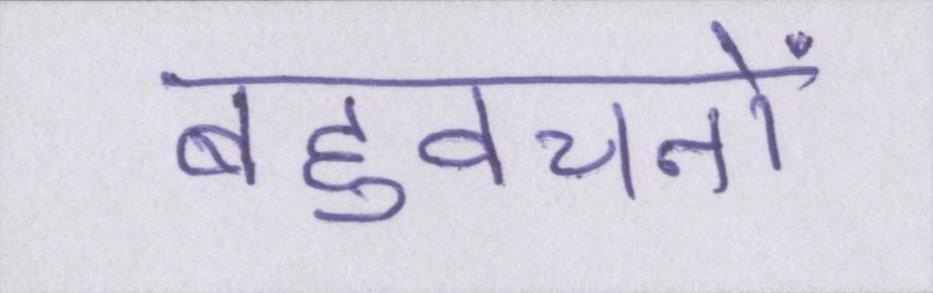
बहुवचनों